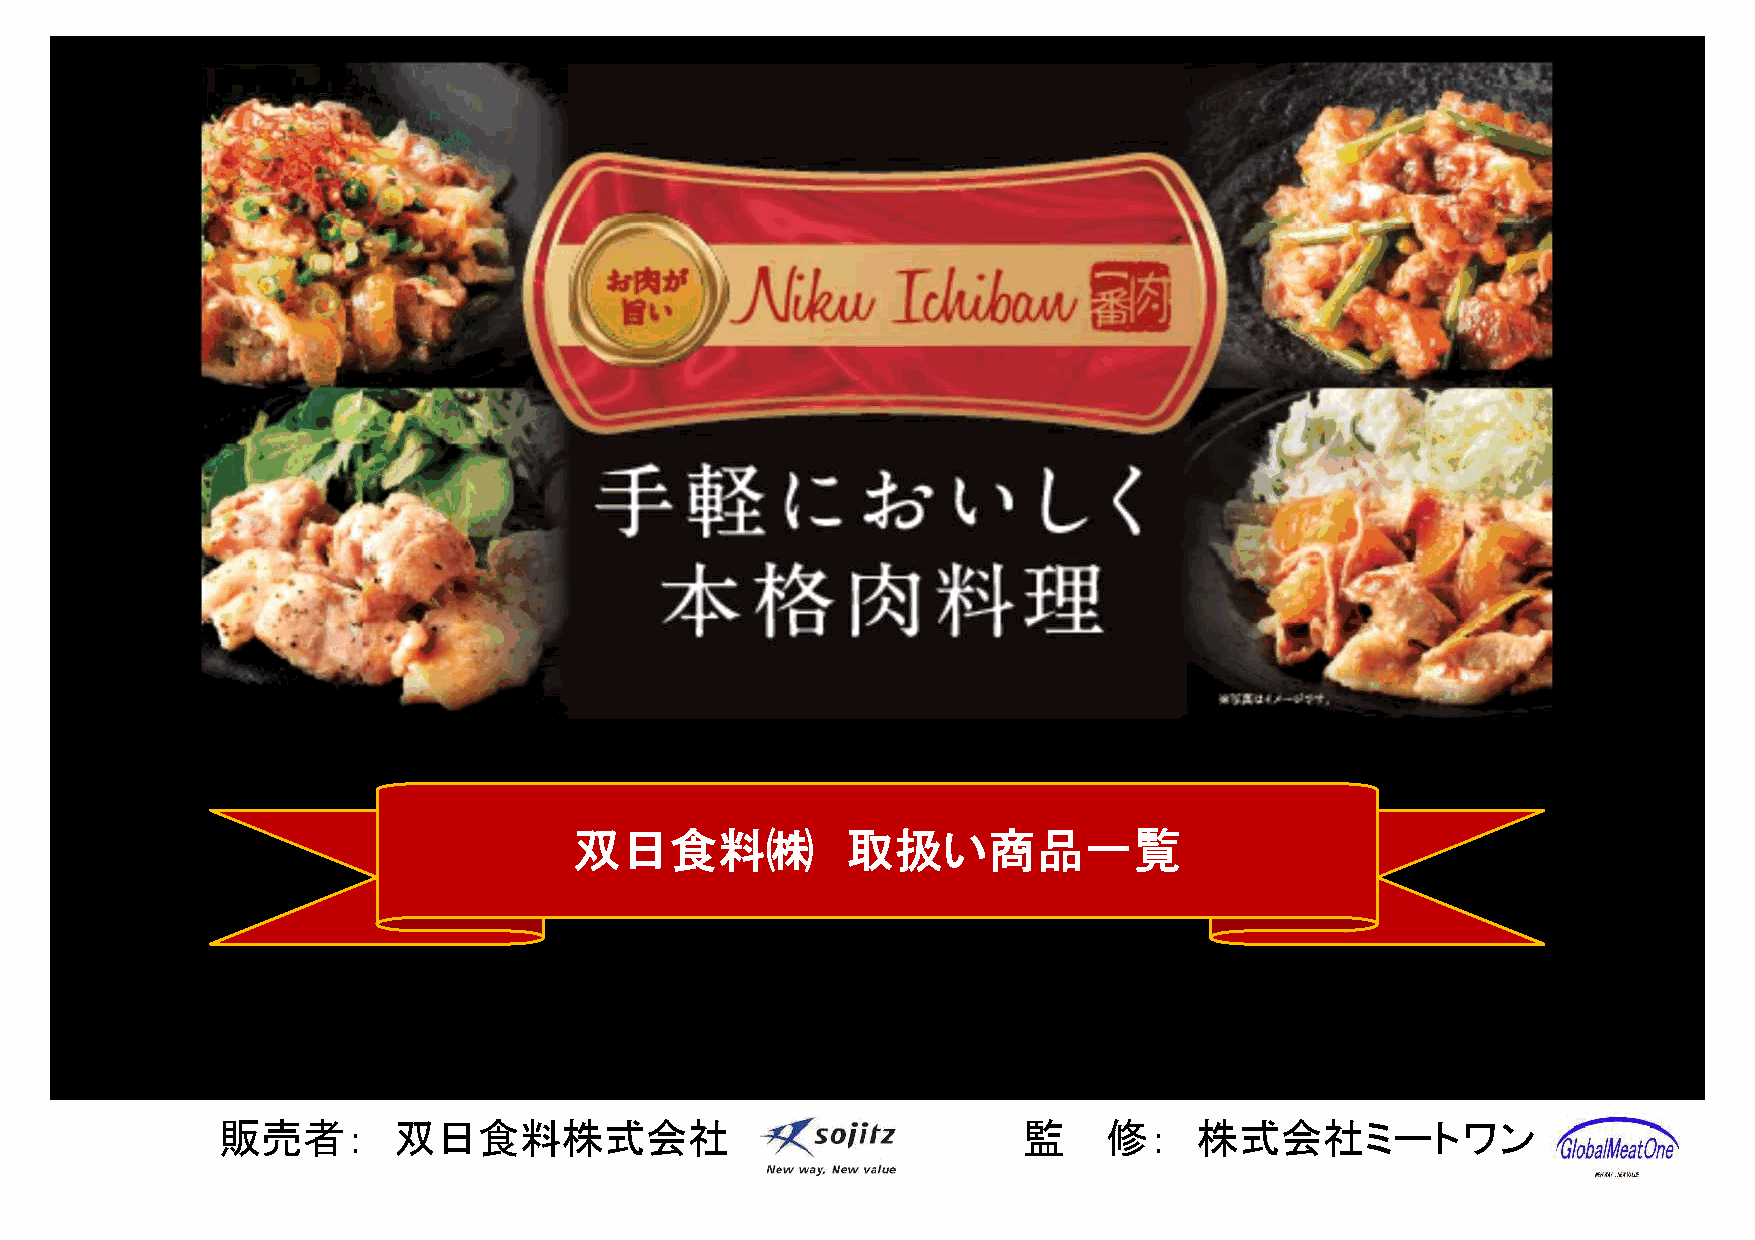
商品画像
 洋梨果汁、りんご果汁を使用し、しっかりとした甘味
 ガーリックパウダーを加え、ご飯に合う味付にし、隠し味に黒胡椒、
 白胡椒をブレンドしました。
 双日食料㈱             取扱い商品一覧
 販売者：        双日食料株式会社                                  監    修：    株式会社ミートワン